Report on the Civil Veterinary Department, Eastern Bengal and Assam - 1907-1911
Year: 1907
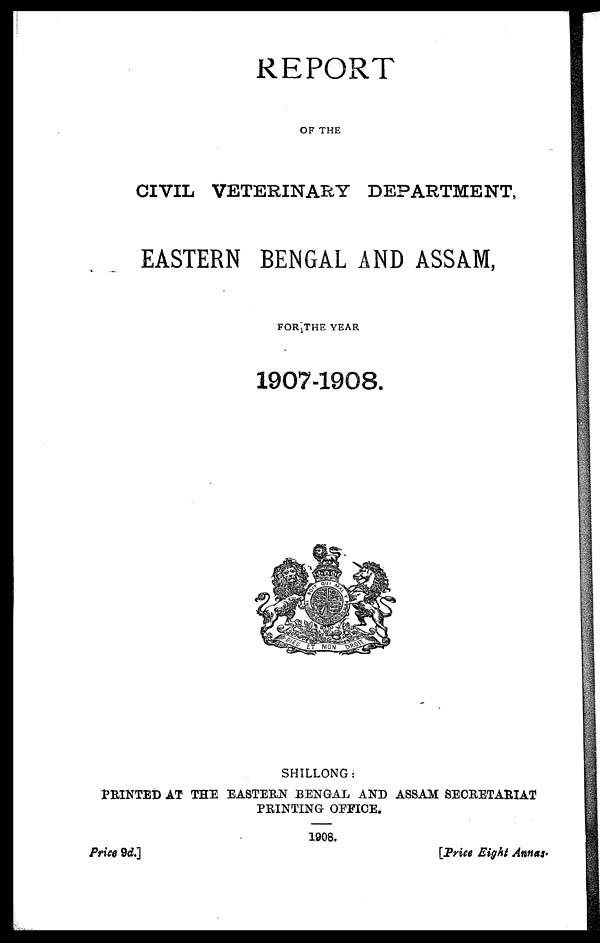
REPORT
OF THE
CIVIL VETERINARY DEPARTMENT,
EASTERN BENGAL AND ASSAM,
FOR THE YEAR
1907-1908.
SHILLONG:
PRINTED AT THE EASTERN BENGAL AND ASSAM SECRETARIAT
PRINTING OFFICE.
1908.
Price 9d.]
[Priee Eight Annas.